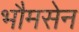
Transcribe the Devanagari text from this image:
भौमसेन